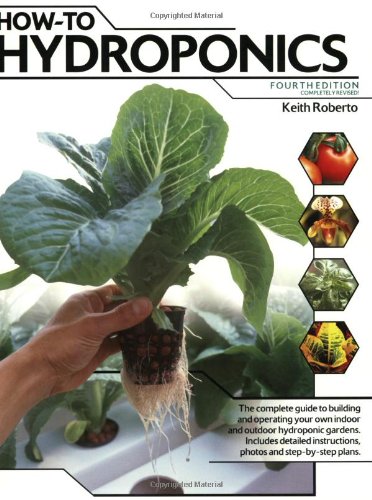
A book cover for How-To Hydroponics, Fourth Edition; Keith Roberto; Crafts, Hobbies & Home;